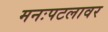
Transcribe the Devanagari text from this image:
मनःपटलावर